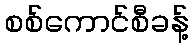
စစ်ကောင်စီခန့်